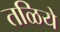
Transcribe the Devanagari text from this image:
तळिये